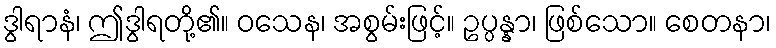
ဒွါရာနံ၊ ဤဒွါရတို့၏။ ဝသေန၊ အစွမ်းဖြင့်။ ဥပ္ပန္နာ၊ ဖြစ်သော။ စေတနာ၊